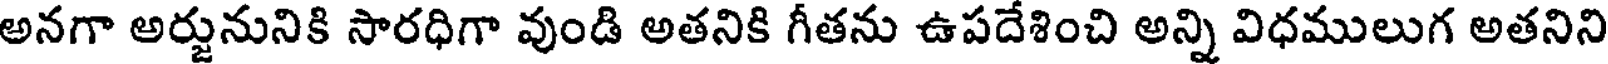
అనగా అర్జునునికి సారధిగా వుండి అతనికి గీతను ఉపదేశించి అన్ని విధములుగ అతనిని